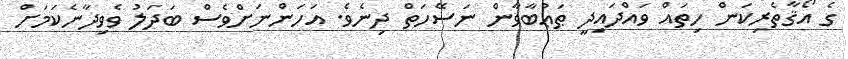
ގެ އޯޤާތެރިކަން ހިތައް ވައްދައިދީ ޠަޢުބާވާން ނަސޭހަތް ދިނެވެ. އަހަންނަށްވެސް ބަދަލު ވެވިދާނެކަމަށް